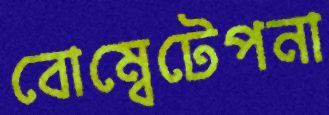
বোম্বেটেপনা